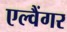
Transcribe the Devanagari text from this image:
एल्वैंगर